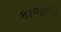
કાજલી